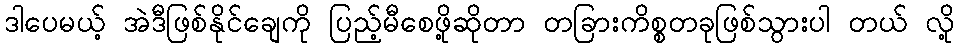
ဒါပေမယ့် အဲဒီဖြစ်နိုင်ချေကို ပြည့်မီစေဖို့ဆိုတာ တခြားကိစ္စတခုဖြစ်သွားပါ တယ် လို့